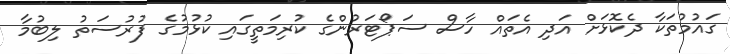
ގައުމުތަކާ ދެކޮޅަށް އަދި އެތައް ހާސް ސަޕޯޓަރުންގެ ކުރިމަތީގައި ކުޅުމުގެ ފުރުސަތު ލިބުމާ